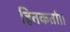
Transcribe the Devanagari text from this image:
हितकर्ता।।